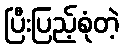
ပြီးပြည့်စုံတဲ့